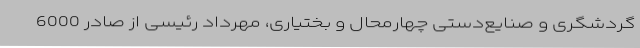
گردشگری و صنایع‌دستی چهارمحال و بختیاری، مهرداد رئیسی از صادر 6000